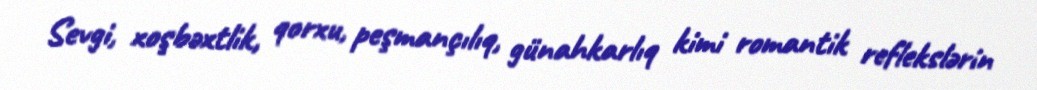
Sevgi, xoşbəxtlik, qorxu, peşmançılıq, günahkarlıq kimi romantik reflekslərin